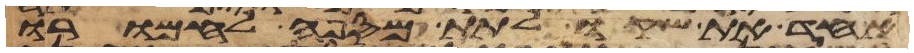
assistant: אחד את שקו לתת מספה לחמרו